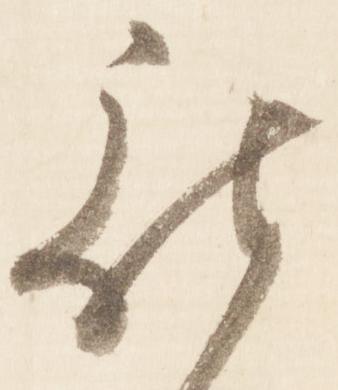
被